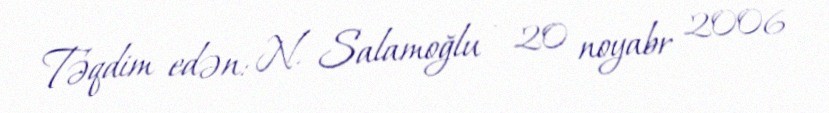
Təqdim edən: N. Salamoğlu - 20 noyabr 2006